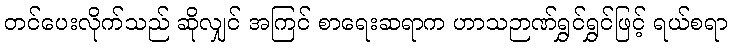
တင်ပေးလိုက်သည် ဆိုလျှင် အကြင် စာရေးဆရာက ဟာသဉာဏ်ရွှင်ရွှင်ဖြင့် ရယ်စရာ